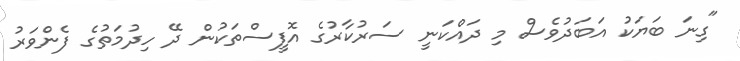
"ގިނަ ބަޔަކު އަބަދުވެސް މި ދައްކަނީ ސަރުކާރުގެ އޮފީސްތަކުން ދޭ ހިދުމަތުގެ ފެންވަރު